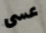
عسى